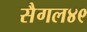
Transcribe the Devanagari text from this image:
सैगल४९